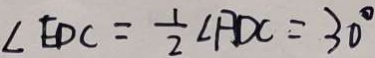
\angle E D C = \frac { 1 } { 2 } \angle A D C = 3 0 ^ { \circ }